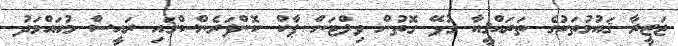
ޖަޒީރާ ޤައުމުތަކުގެ ތަރައްޤީއާ ގުޅޭ ގޮތުން ވިލްޓަން ޕާކް ކޮންފަރެންސްގައި ރައީސް މުޙައްމަދު